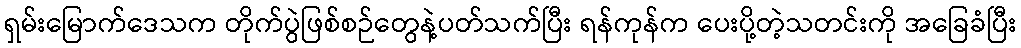
ရှမ်းမြောက်ဒေသက တိုက်ပွဲဖြစ်စဉ်တွေနဲ့ပတ်သက်ပြီး ရန်ကုန်က ပေးပို့တဲ့သတင်းကို အခြေခံပြီး